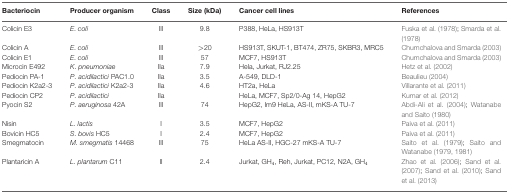
<table><thead><tr><td><b>Bacteriocin</b></td><td><b>Producer organism</b></td><td><b>Class</b></td><td><b>Size (kDa)</b></td><td><b>Cancer cell lines</b></td><td><b>References</b></td></tr></thead><tbody><tr><td>Colicin E3</td><td><i>E</i>.<i> coli</i></td><td>III</td><td>9.8</td><td>P388, HeLa, HS913T</td><td>Fuska et al. (1978); Smarda et al. (1978)</td></tr><tr><td>Colicin A</td><td><i>E</i>.<i> coli</i></td><td>III</td><td>&gt;20</td><td>HS913T, SKUT-1, BT474, ZR75, SKBR3, MRC5</td><td>Chumchalova and Smarda (2003)</td></tr><tr><td>Colicin E1</td><td><i>E</i>.<i> coli</i></td><td>III</td><td>57</td><td>MCF7, HS913T</td><td>Chumchalova and Smarda (2003)</td></tr><tr><td>Microcin E492</td><td><i>K</i>.<i> pneumoniae</i></td><td>IIa</td><td>7.9</td><td>Hela, Jurkat, RJ2.25</td><td>Hetz et al. (2002)</td></tr><tr><td>Pediocin PA-1</td><td><i>P</i>.<i> acidilactici</i> PAC1.0</td><td>IIa</td><td>3.5</td><td>A-549, DLD-1</td><td>Beaulieu (2004)</td></tr><tr><td>Pediocin K2a2-3</td><td><i>P</i>.<i> acidilactici</i> K2a2-3</td><td>IIa</td><td>4.6</td><td>HT2a, HeLa</td><td>Villarante et al. (2011)</td></tr><tr><td>Pediocin CP2</td><td><i>P</i>.<i> acidilactici</i></td><td>IIa</td><td></td><td>HeLa, MCF7, Sp2/0-Ag 14, HepG2</td><td>Kumar et al. (2012)</td></tr><tr><td>Pyocin S2</td><td><i>P</i>.<i> aeruginosa</i> 42A</td><td>III</td><td>74</td><td>HepG2, Im9 HeLa, AS-II, mKS-A TU-7</td><td>Abdi-Ali et al. (2004); Watanabe and Saito (1980)</td></tr><tr><td>Nisin</td><td><i>L. lactis</i></td><td>I</td><td>3.5</td><td>MCF7, HepG2</td><td>Paiva et al. (2011)</td></tr><tr><td>Bovicin HC5</td><td><i>S</i>.<i> bovis</i> HC5</td><td>I</td><td>2.4</td><td>MCF7, HepG2</td><td>Paiva et al. (2011)</td></tr><tr><td>Smegmatocin</td><td><i>M. smegmatis</i> 14468</td><td>III</td><td>75</td><td>HeLa AS-II, HGC-27 mKS-A TU-7</td><td>Saito et al. (1979); Saito and Watanabe (1979, 1981)</td></tr><tr><td>Plantaricin A</td><td><i>L. plantarum</i> C11</td><td>II</td><td>2.4</td><td>Jurkat, GH<sub>4</sub>, Reh, Jurkat, PC12, N2A, GH<sub>4</sub></td><td>Zhao et al. (2006); Sand et al. (2007); Sand et al. (2010); Sand et al. (2013)</td></tr></tbody></table>